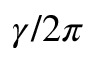
\gamma / 2 \pi